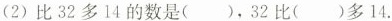
(2)比32多14的数是( )，32比( )多14.